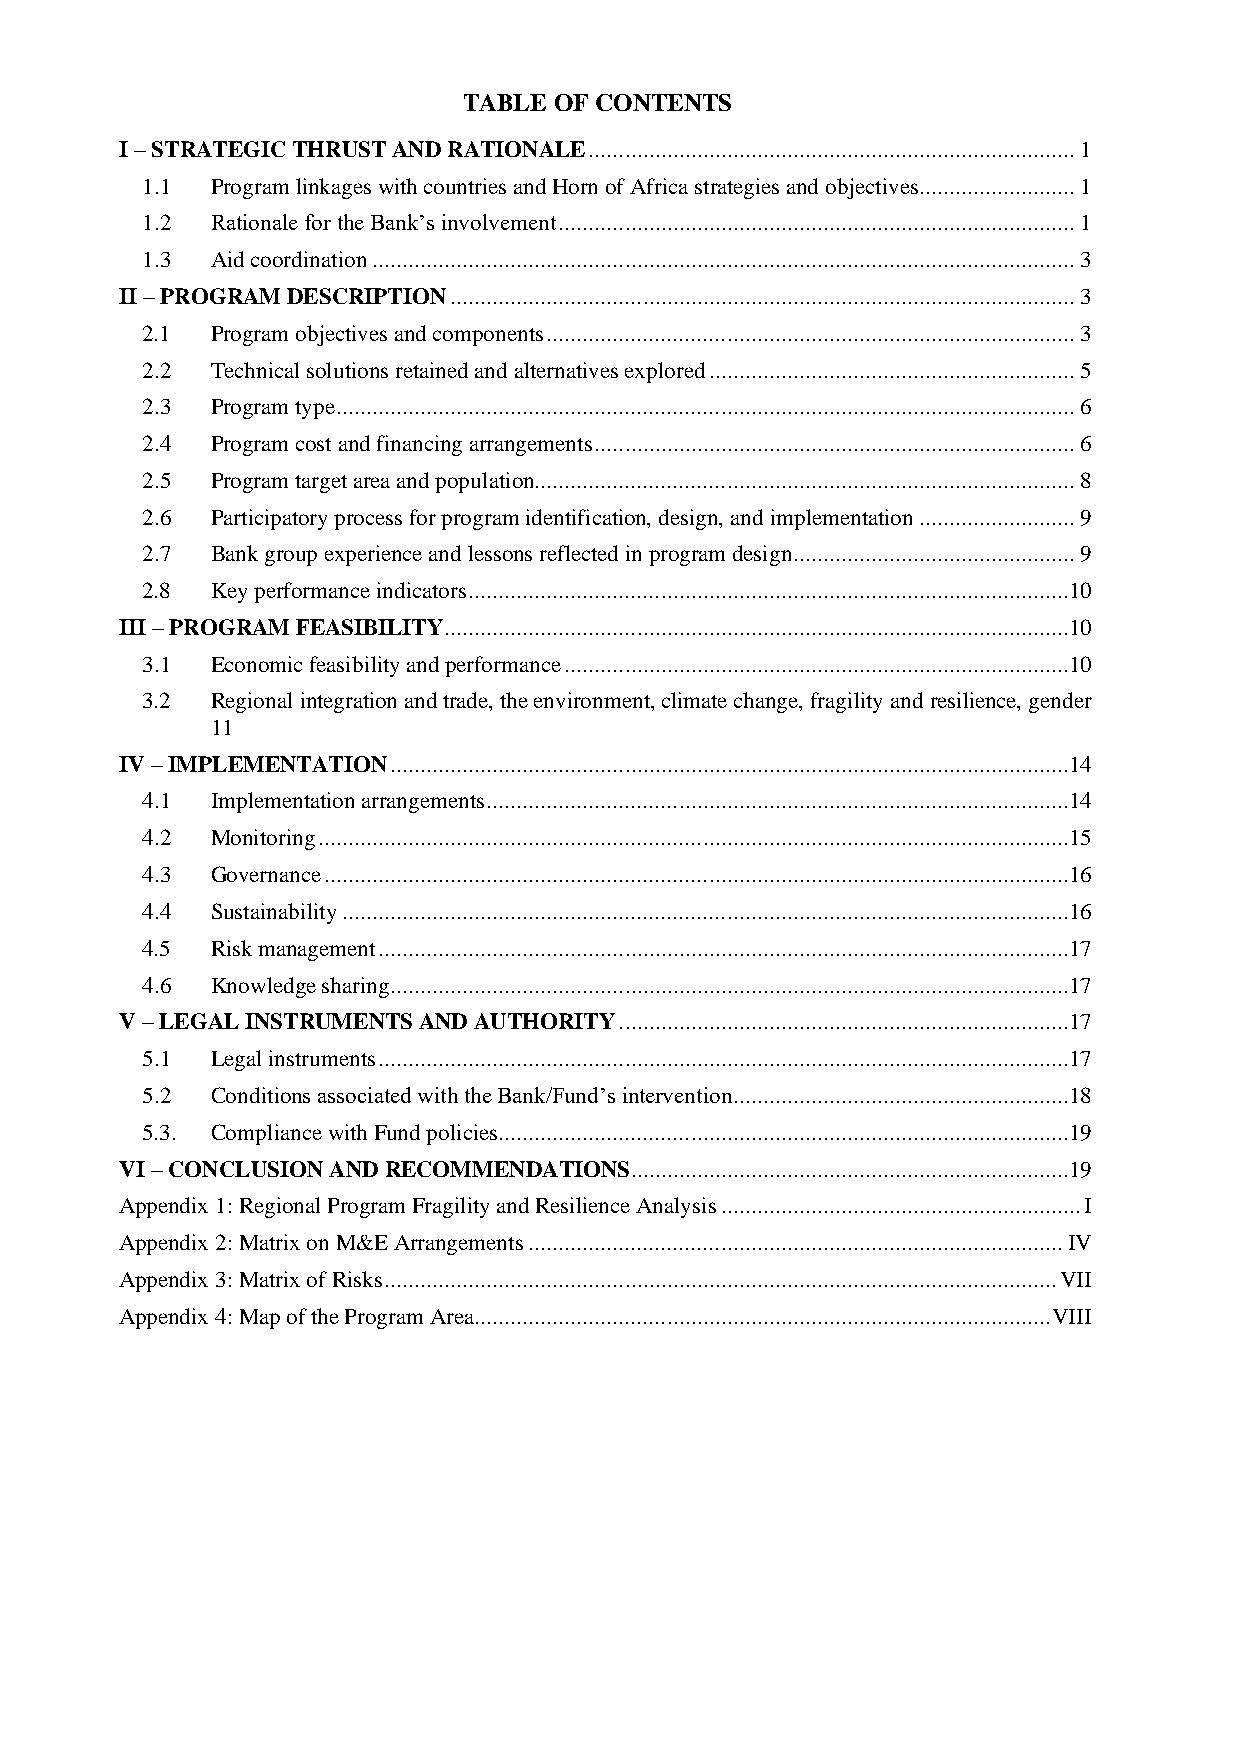
TABLE OF CONTENTS
 I – STRATEGIC THRUST AND RATIONALE ................................................................................. 1
 1.1  Program linkages with countries and Horn of Africa strategies and objectives.......................... 1
 1.2  Rationale for the Bank’s involvement ...................................................................................... 1
 1.3  Aid coordination ..................................................................................................................... 3
 II – PROGRAM DESCRIPTION ........................................................................................................ 3
 2.1  Program objectives and components ........................................................................................ 3
 2.2  Technical solutions retained and alternatives explored ............................................................. 5
 2.3  Program type ........................................................................................................................... 6
 2.4  Program cost and financing arrangements ................................................................................ 6
 2.5  Program target area and population .......................................................................................... 8
 2.6  Participatory process for program identification, design, and implementation .......................... 9
 2.7  Bank group experience and lessons reflected in program design............................................... 9
 2.8  Key performance indicators ....................................................................................................10
 III – PROGRAM FEASIBILITY ........................................................................................................10
 3.1  Economic feasibility and performance ....................................................................................10
 3.2  Regional integration and trade, the environment, climate change, fragility and resilience, gender
 11
 IV – IMPLEMENTATION .................................................................................................................14
 4.1  Implementation arrangements .................................................................................................14
 4.2  Monitoring .............................................................................................................................15
 4.3  Governance ............................................................................................................................16
 4.4  Sustainability .........................................................................................................................16
 4.5  Risk management ...................................................................................................................17
 4.6  Knowledge sharing .................................................................................................................17
 V – LEGAL INSTRUMENTS AND AUTHORITY ...........................................................................17
 5.1  Legal instruments ...................................................................................................................17
 5.2  Conditions associated with the Bank/Fund’s intervention........................................................18
 5.3. Compliance with Fund policies ...............................................................................................19
 VI – CONCLUSION AND RECOMMENDATIONS .........................................................................19
 Appendix 1: Regional Program Fragility and Resilience Analysis ............................................................ I
 Appendix 2: Matrix on M&E Arrangements ......................................................................................... IV
 Appendix 3: Matrix of Risks ................................................................................................................ VII
 Appendix 4: Map of the Program Area................................................................................................ VIII